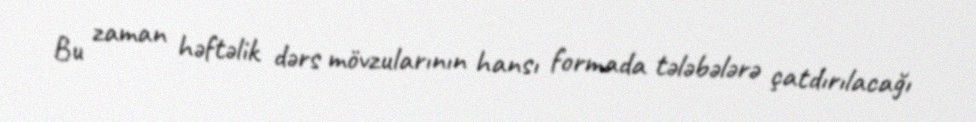
Bu zaman həftəlik dərs mövzularının hansı formada tələbələrə çatdırılacağı